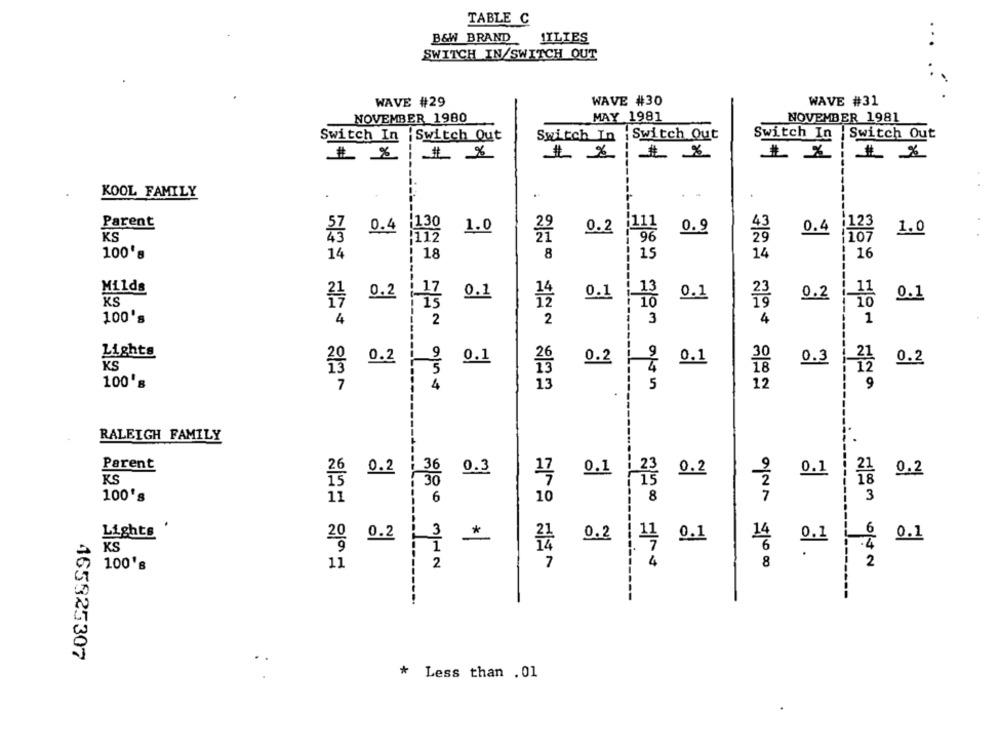
TABLE C
B&W BRAND 1ILIES
SWITCH IN/SWITCH OUT
WAVE #29
WAVE #30
WAVE #31
NOVEMBER 1980
MAY 1981
NOVEMBER 1981
Switch In |Switch Out
Switch In : Switch Out
Switch In | Switch Out
# 2 # 8
# 2
KOOL FAMILY
.
. .
Parent
0.4
130
1.0
0.2
0.9
0.4
1.0
KS
57
14
18
8
15
14
: 16
Milds
KS
-17
0.1
0.1
13
0.1
23
0.2
0.1
₹ 0.2
100's
4
2
2
3
4
1
£
Lights
Kg 0.2
0.1
0.2
0.1
30
KS
0.3
0.2
18
100's
7
13
5
12
9
RALEIGH FAMILY
Parent
0.2
: 36
0.3
0.1
0.2
0.2
KS
26
17
0.1
30
100's
11
6
10
8
3
폰
Lights
20
0.2
3
*
0.2
0.1
6
0.1
KS
11
14
0,1
4
8
21 3 62
100's
11
2
7
2
---------..
165925307
* Less than . 01